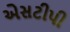
એસટીપી